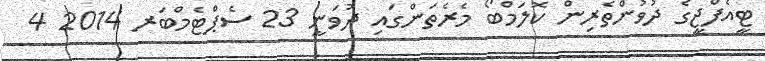
ޓީއެފްޖީގެ ދުވުންތެރިން ކޮލަމްބޯ މެރެތަންގައި ދުވަނީ 23 ސެޕްޓެމްބަރ 2014 4